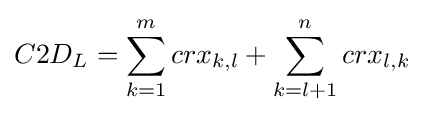
C2D_{L}=\sum _{k=1}^{m}crx_{k,l}+\sum _{k=l+1}^{n}crx_{l,k}